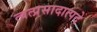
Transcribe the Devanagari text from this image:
त्वत्प्रसादात्पदे